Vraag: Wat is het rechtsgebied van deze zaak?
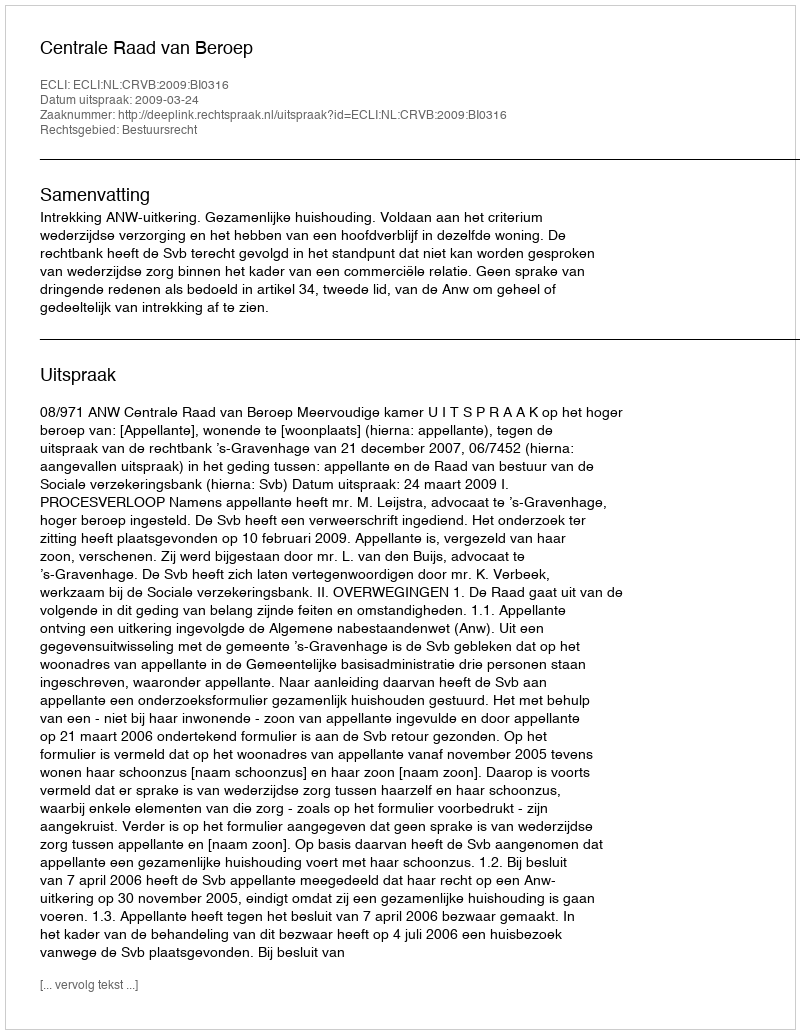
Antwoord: Bestuursrecht